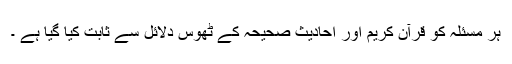
ہر مسئلہ کو قرآن کریم اور احادیث صحیحہ کے ٹھوس دلائل سے ثابت کیا گیا ہے ۔